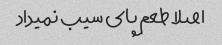
اصلا طعم پای سیب نمیداد